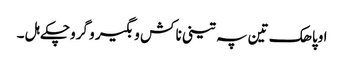
اوپاھک تین پہ تینی نا کش و بگیر و گروچکے ہل ۔